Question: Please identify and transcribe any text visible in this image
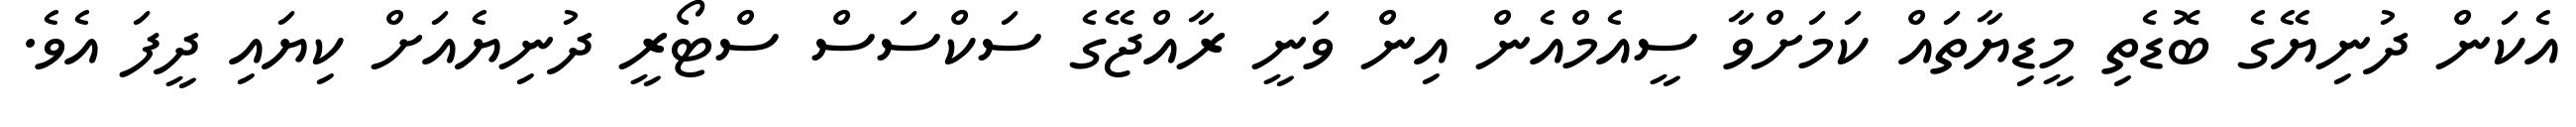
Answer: އެކަން ދުނިޔޭގެ ބޮޑެތި މީޑިޔާތައް ކަމަށްވާ ސީއެމްއެން އިން ވަނީ ރާއްޖޭގެ ސަކްސަސް ސްޓޯރީ ދުނިޔެއަށް ކިޔައި ދީފަ އެވެ.